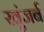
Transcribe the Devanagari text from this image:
खुंजर्ब